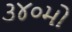
૩૪૦મો